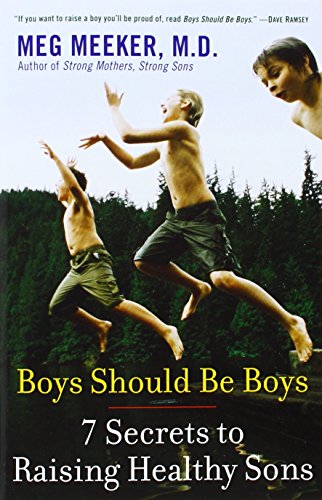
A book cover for Boys Should Be Boys: 7 Secrets to Raising Healthy Sons; Meg Meeker; Parenting & Relationships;